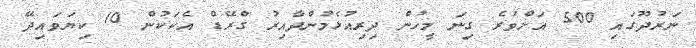
ނަރުދޫގައި 500 އަށްވުރެ ގިނަ މީހުން ދިރިއުޅެމުންދާއިރު ގްރޭޑް އެކަކުން 10 ކިޔަވައިދޭ